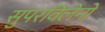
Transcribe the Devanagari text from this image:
सुपरविलेनों